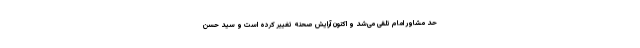
حد مشاور امام تلقی می‌شد و اکنون آرایش صحنه تغییر کرده است و سید حسن